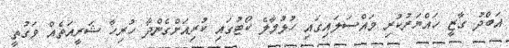
އަބްދު ގާޒީ ހައްޔަރުކުރި މައްސަލައިގައި ހުޅުމާލެ ކޯޓުގައި ކުރިއަށްގެންދާ ހުރިހާ ޝަރީއަތެއް ވަގުތީ